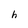
Character: h